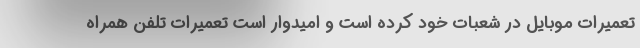
تعمیرات موبایل در شعبات خود کرده است و امیدوار است تعمیرات تلفن همراه